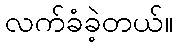
လက်ခံခဲ့တယ်။